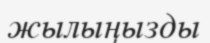
жылыңызды